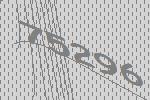
75296